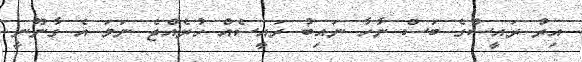
އިރު ރައީސްގެ ބަސް ނާހާ ނައިބު ރައީސެއް ހުރެއްޖެ ނަމަ އެ ގާނޫނީ